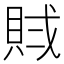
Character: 𧵶